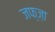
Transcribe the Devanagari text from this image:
जफ्ज़ा